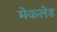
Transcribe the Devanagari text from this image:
मेकलेड